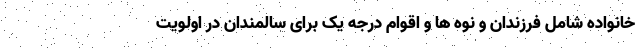
خانواده شامل فرزندان و نوه ها و اقوام درجه یک برای سالمندان در اولویت